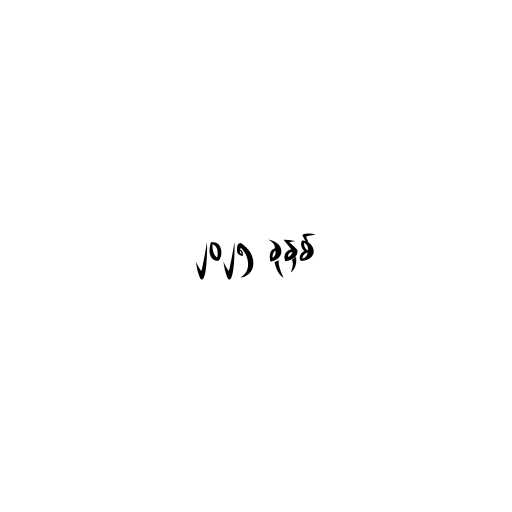
၂၀၂၅ ခုနှစ်